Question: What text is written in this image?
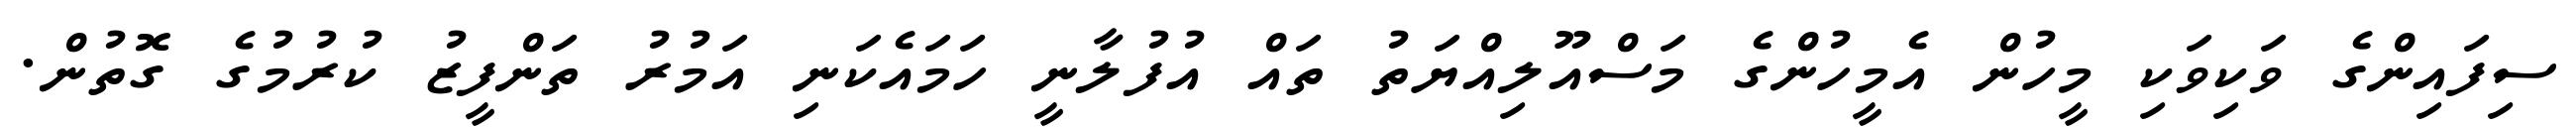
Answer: ސިފައިންގެ ވަކިވަކި މީހުން އެމީހުންގެ މަސްއޫލިއްޔަތު ތައް އުފުލާނީ ހަމައެކަނި އަމުރު ތަންފީޒު ކުރުމުގެ ގޮތުން.